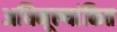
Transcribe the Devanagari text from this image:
अधिमूल्यांकित